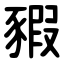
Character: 豭